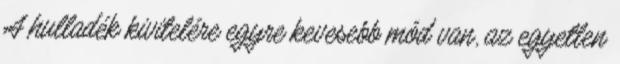
A hulladék kivitelére egyre kevesebb mód van, az egyetlen